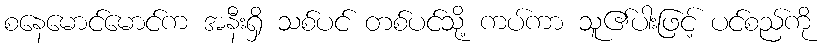
စနေမောင်မောင်က အနီးရှိ သစ်ပင် တစ်ပင်သို့ ကပ်ကာ သူ၏ပါးဖြင့် ပင်စည်ကို